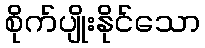
စိုက်ပျိုးနိုင်သော